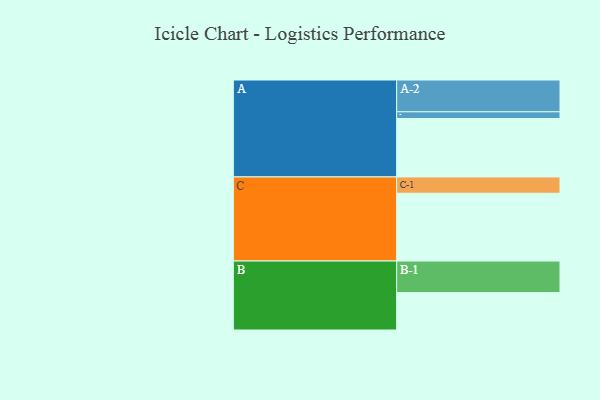
{"axis": {"x": "Segment", "y": "Value"}, "legend": ["", "A", "B", "C"], "data": [{"x": "A", "y": 487, "type": ""}, {"x": "B", "y": 312, "type": ""}, {"x": "C", "y": 565, "type": ""}, {"x": "A-1", "y": 56, "type": "A"}, {"x": "A-2", "y": 265, "type": "A"}, {"x": "B-1", "y": 263, "type": "B"}, {"x": "C-1", "y": 136, "type": "C"}]}